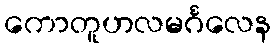
ကောတူဟလမင်္ဂလေန